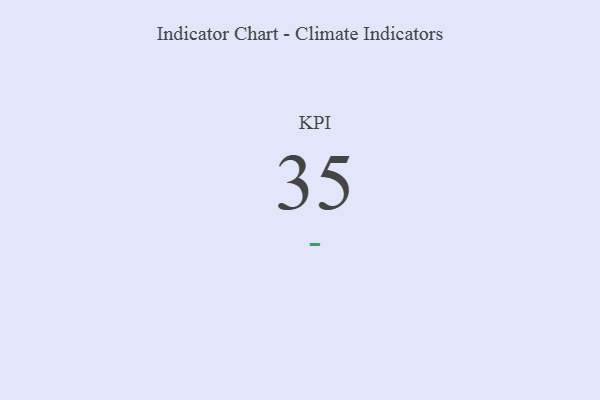
{"axis": {"x": "KPI", "y": "Value"}, "legend": [""], "data": [{"x": "KPI", "y": 35, "type": ""}]}